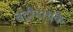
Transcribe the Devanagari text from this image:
बद्रीनाथके